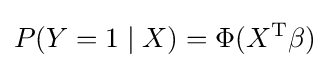
P(Y=1\mid X)=\Phi (X^{\operatorname {T} }\beta )